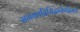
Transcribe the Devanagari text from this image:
सनकादिसिद्धानेतद्विमर्शे